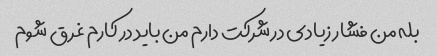
بله من فشار زیادی در شرکت دارم من باید در کارم غرق شوم